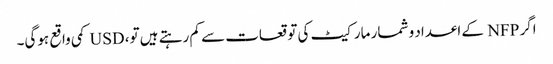
اگر NFP کے اعداد و شمار مارکیٹ کی توقعات سے کم رہتے ہیں تو، USD کمی واقع ہوگی۔